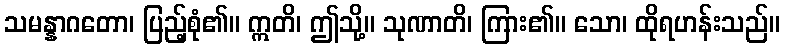
သမန္နာဂတော၊ ပြည့်စုံ၏။ ဣတိ၊ ဤသို့။ သုဏာတိ၊ ကြား၏။ သော၊ ထိုရဟန်းသည်။